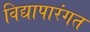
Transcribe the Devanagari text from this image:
विद्यापारंगत